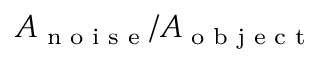
A _ { \textrm { n o i s e } } / A _ { \textrm { o b j e c t } }